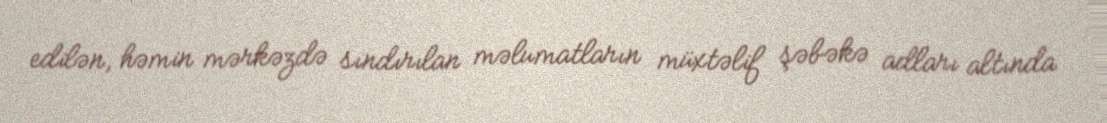
edilən, həmin mərkəzdə sındırılan məlumatların müxtəlif şəbəkə adları altında